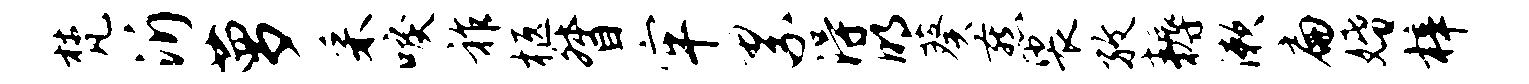
梵沂萝采唳祚柩督牢累得明葵燕裟孜耨漱扁婚梓